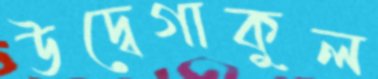
উদ্বেগাকুল